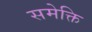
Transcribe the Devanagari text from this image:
समेक्ति